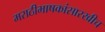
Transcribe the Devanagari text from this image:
मराठीभाषकांसारखीच